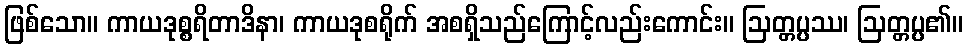
ဖြစ်သော။ ကာယဒုစ္စရိတာဒိနာ၊ ကာယဒုစရိုက် အစရှိသည်ကြောင့်လည်းကောင်း။ ဩတ္တပ္ပဿ၊ ဩတ္တပ္ပ၏။